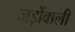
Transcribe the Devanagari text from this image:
जड़ोंवाली